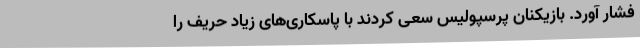
فشار آورد. بازیکنان پرسپولیس سعی کردند با پاسکاری‌های زیاد حریف را